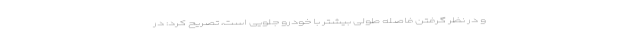
و در نظر گرفتن فاصله طولی بیشتر با خودرو جلویی است، تصریح کرد: در